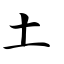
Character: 土